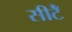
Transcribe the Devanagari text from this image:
सीटेँ